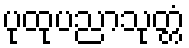
ပုထုပညာသုတ္တံ